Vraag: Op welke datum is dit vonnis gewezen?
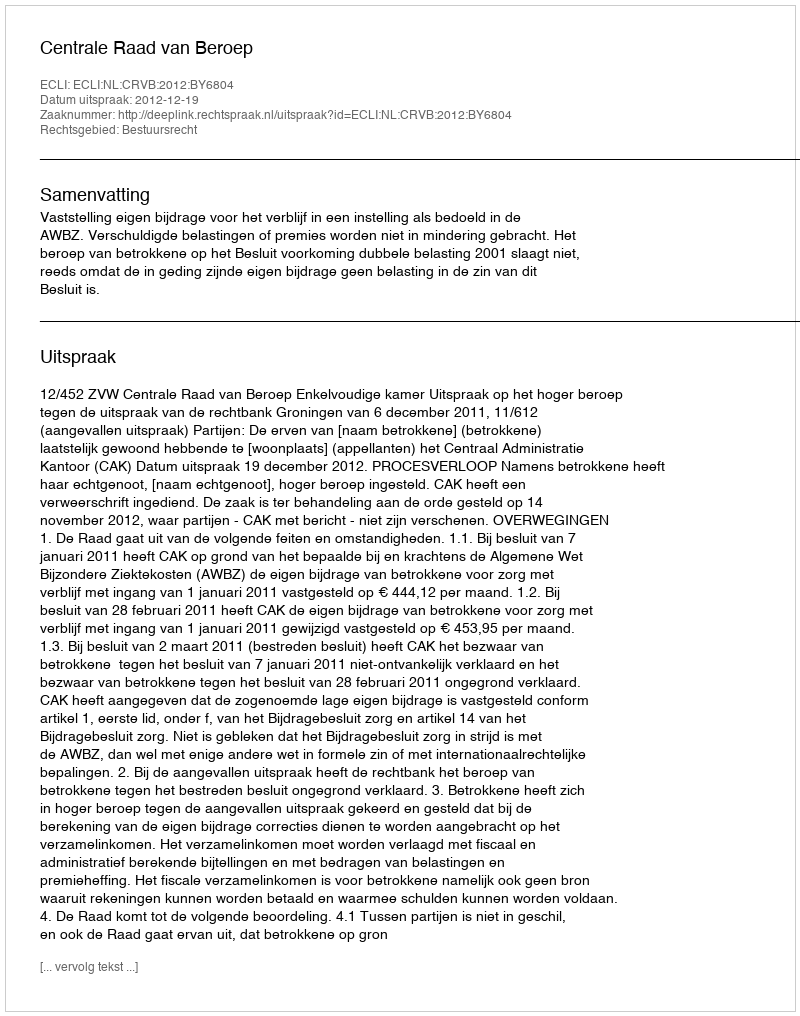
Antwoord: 2012-12-19